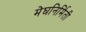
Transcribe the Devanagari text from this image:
मेघनिर्मिती